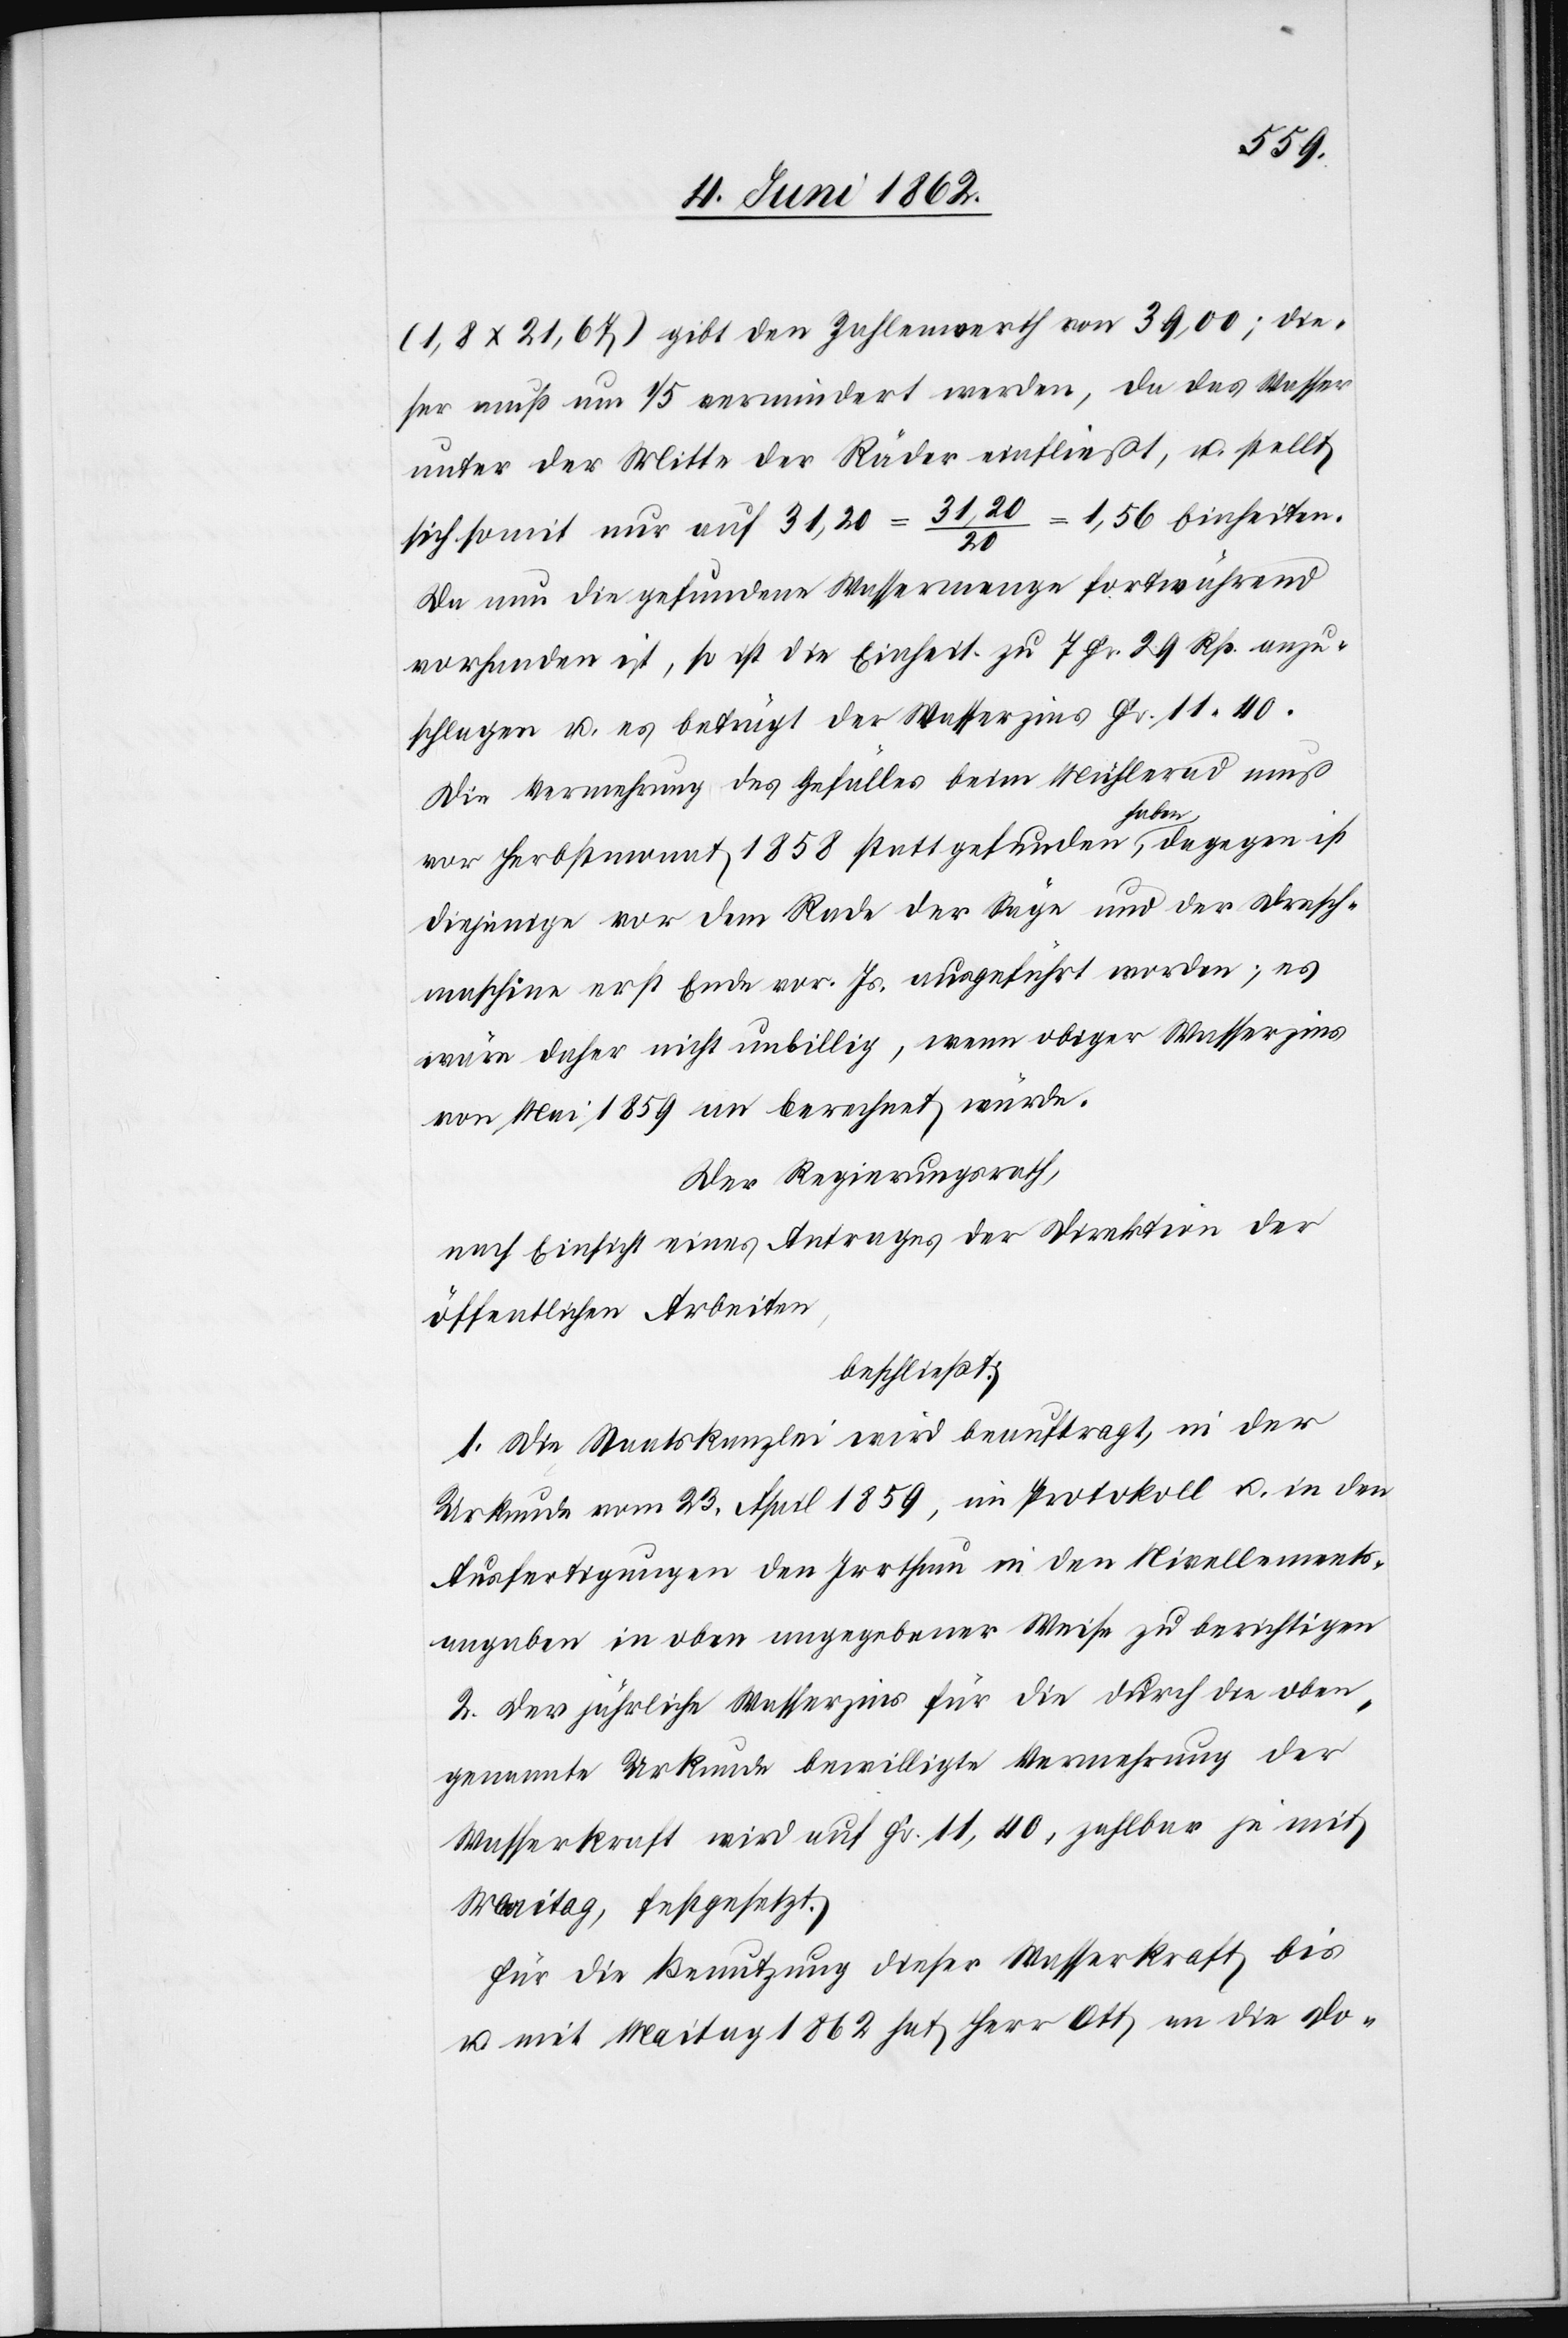
(1,8x21,67) gibt den Zahlenwerth von 39,00; die¬
ser muß um 1/5 vermindert werden, da das Wasser
unter der Mitte der Räder einfließt, u. stellt
sich somit nur auf 31,20 = 31,20/20 = 1,56 Einheiten.
Da nun die gefundene Wassermenge fortwährend
vorhanden ist, so ist die Einheit zu 7 Fr. 29 Rp. anzu¬
schlagen u. es beträgt der Wasserzins Fr. 11 40.
Die Vermehrung des Gefälles beim Mühlerad muß
haben,
dagegen ist
vor Herbstmonat 1858 statt gefunden
diejenige vor dem Rade der Säge und der Dresch¬
maschine erst Ende vor. Js. ausgeführt worden; es
wäre daher nicht unbillig, wenn obiger Wasserzins
von Mai 1859 an berechnet würde.
Der Regierungsrath,
nach Einsicht eines Antrages der Direktion der
öffentlichen Arbeiten,
beschließt:
1. Die Staatskanzlei wird beauftragt, in der
Urkunde vom 23. April 1859, im Protokoll u. in den
Ausfertigungen den Irrthum in den Nivellements¬
angaben in oben angegebener Weise zu berichtigen.
2. Der jährliche Wasserzins für die durch die oben¬
genannte Urkunde bewilligte Vermehrung der
Wasserkraft wird auf Fr. 11,40 zahlbar je mit
Maitag, festgesetzt.
Für die Benutzung dieser Wasserkraft bis
u. mit Maitag 1862 hat Herr Ott an die Do-